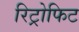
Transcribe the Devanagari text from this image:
रिट्रोफिट